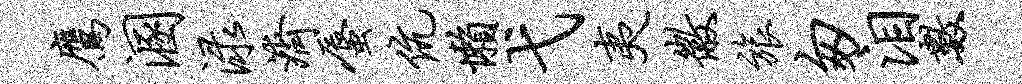
鹰溷渌济蜃伉懒弋夷徽旅匆泪数